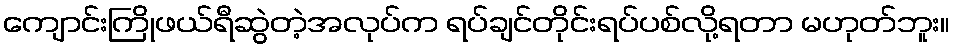
ကျောင်းကြိုဖယ်ရီဆွဲတဲ့အလုပ်က ရပ်ချင်တိုင်းရပ်ပစ်လို့ရတာ မဟုတ်ဘူး။